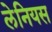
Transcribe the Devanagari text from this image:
लेनियस